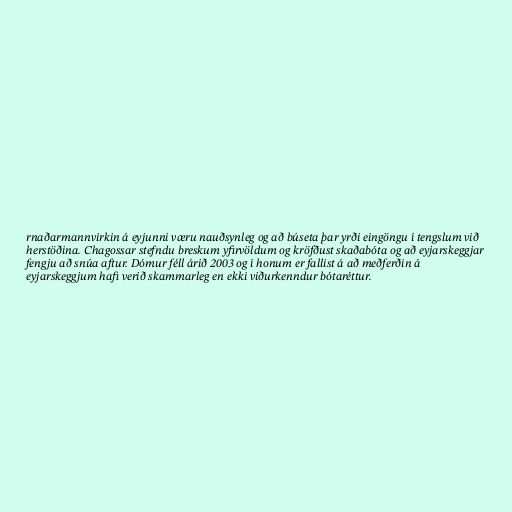
rnaðarmannvirkin á eyjunni væru nauðsynleg og að búseta þar yrði eingöngu í tengslum við
herstöðina. Chagossar stefndu breskum yfirvöldum og kröfðust skaðabóta og að eyjarskeggjar
fengju að snúa aftur. Dómur féll árið 2003 og í honum er fallist á að meðferðin á
eyjarskeggjum hafi verið skammarleg en ekki viðurkenndur bótaréttur.